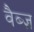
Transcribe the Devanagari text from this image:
वैब्ज़